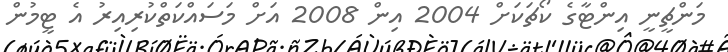
މަންޗީނީ އިންޓާގެ ކޯޗަކަށް 2004 އިން 2008 އަށް މަސައްކަތްކުރިއިރު އެ ޓީމުން